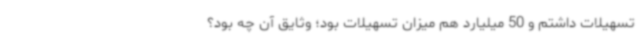
تسهیلات داشتم و 50 میلیارد هم میزان تسهیلات بود؛ وثایق آن چه بود؟